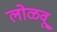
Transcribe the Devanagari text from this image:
लोळवू